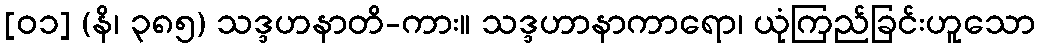
[၀၁] (နိ၊ ၃၈၅) သဒ္ဒဟနာတိ-ကား။ သဒ္ဒဟာနာကာရော၊ ယုံကြည်ခြင်းဟူသော